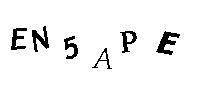
EN5APE